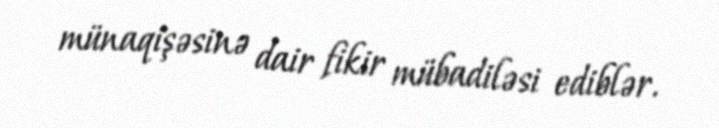
münaqişəsinə dair fikir mübadiləsi ediblər.